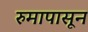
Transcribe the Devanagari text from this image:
रुमापासून